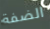
الضفة